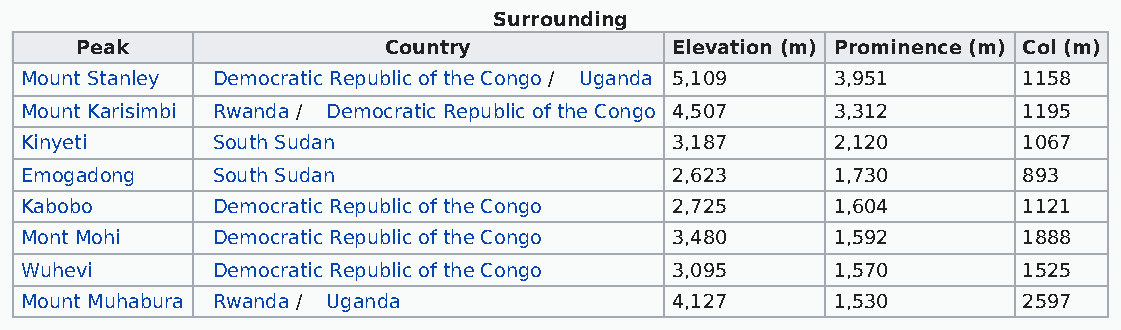
Surrounding
 Peak                Country            Elevation (m) Prominence (m) Col (m)
 Mount Stanley Democratic Republic of the Congo / Uganda 5,109 3,951 1158
 Mount Karisimbi Rwanda / Democratic Republic of the Congo 4,507 3,312 1195
 Kinyeti      South Sudan                   3,187      2,120        1067
 Emogadong    South Sudan                   2,623      1,730        893
 Kabobo       Democratic Republic of the Congo 2,725   1,604        1121
 Mont Mohi    Democratic Republic of the Congo 3,480   1,592        1888
 Wuhevi       Democratic Republic of the Congo 3,095   1,570        1525
 Mount Muhabura Rwanda / Uganda             4,127      1,530        2597